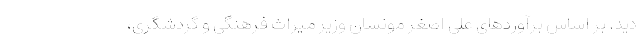
دید. بر اساس برآوردهای علی اصغر مونسان وزیر میراث فرهنگی و گردشگری،